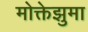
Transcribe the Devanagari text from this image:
मोक्तेझुमा